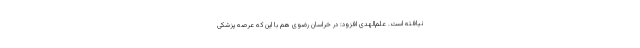
نیافته است. علم‌الهدی افزود: در خراسان رضوی هم با این که عرصه پزشکی